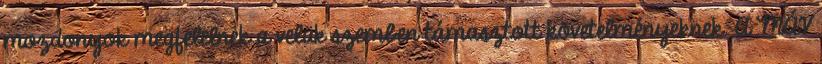
mozdonyok megfelelnek a velük szemben támasztott követelményeknek. A MÁV